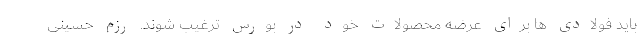
باید فولادی ها برای عرضه محصولات خود در بورس ترغیب شوند. رزم حسینی